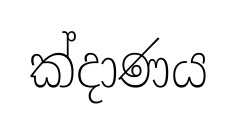
ක්දාණය